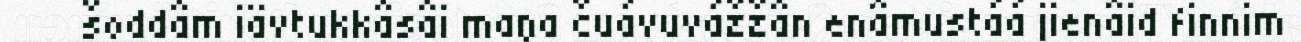
šoddâm iävtukkâsâi maŋa čuávuvážžân enâmustáá jienâid finnim